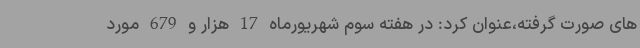
های صورت گرفته،عنوان کرد: در هفته سوم شهریورماه 17 هزار و 679 مورد